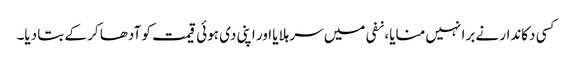
کسی دکاندار نے برا نہیں منایا، نفی میں سر ہلایا اور اپنی دی ہوئی قیمت کو آدھا کر کے بتا دیا۔